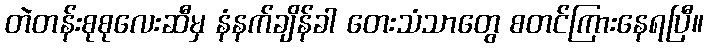
တဲတန်းစုစုလေးဆီမှ နံနက်ချိန်ခါ တေးသံသာတွေ စတင်ကြားနေရပြီ။